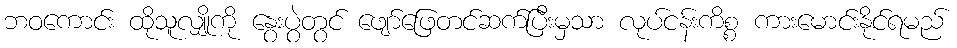
ဘဝကောင်း ထိုသူလျှိုကို နွေးပွဲတွင် ဖျော်ဖြေတင်ဆက်ပြီးမှသာ လုပ်ငန်းကိစ္စ ကားမောင်းနိုင်ရမည်